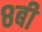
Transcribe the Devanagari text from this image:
८बी